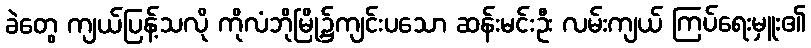
ခဲတွေ ကျယ်ပြန့်သလို ကိုလံဘိုမြို့၌ကျင်းပသော ဆန်းမင်းဦး လမ်းကျယ် ကြပ်ရေးမှူး၏